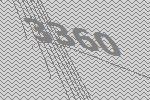
3360